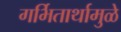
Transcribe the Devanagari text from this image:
गर्भितार्थामुळे